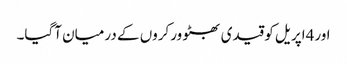
اور4اپریل کو قیدی بھٹو ورکروں کے درمیان آگیا۔